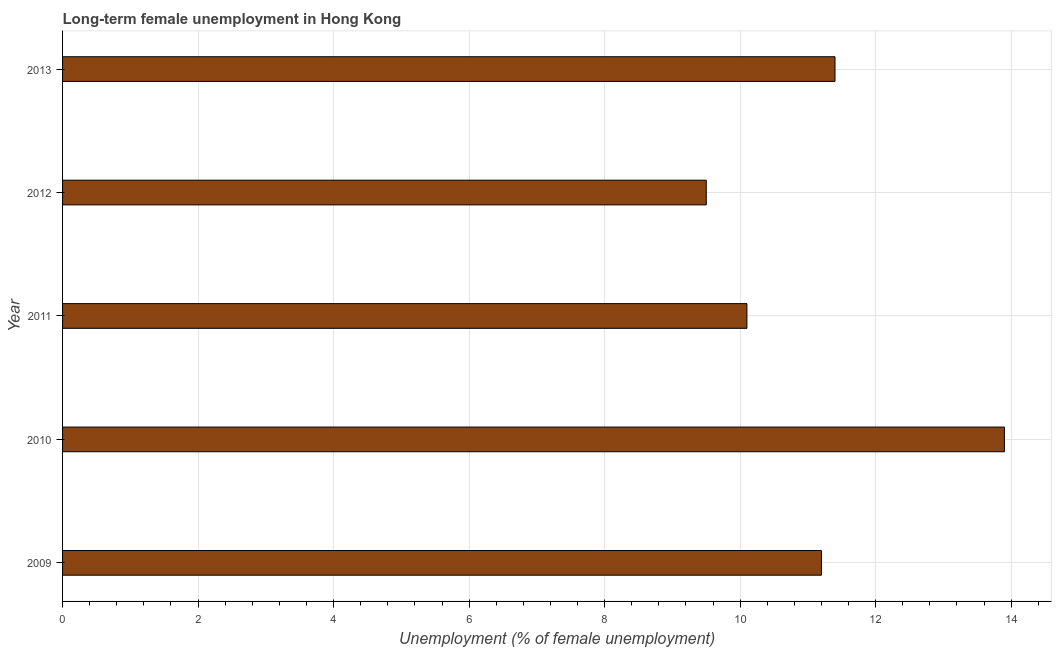
| Year | Long-term unemployment female |
 | --- | --- |
 | 2009 | 11.2 |
 | 2010 | 13.9 |
 | 2011 | 10.1 |
 | 2012 | 9.5 |
 | 2013 | 11.4 |